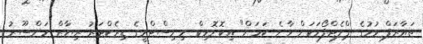
ތައާރަފް ވުމުގެ ޕްލެޓްފޯމަކަށް ވާނެ ކަމަށް" އިކޮނޮމިކް މިނިސްޓްރީގެ ޑިރެކްޓަރު ރިޔާޒް މަންސޫރު